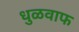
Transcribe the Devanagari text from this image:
धुळवाफ